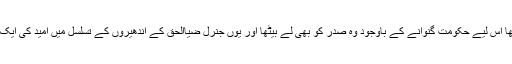
قسمت کا لاڈلا تھا اس لیے حکومت گنوانے کے باوجود وہ صدر کو بھی لے بیٹھا اور یوں جنرل ضیاالحق کے اندھیروں کے تسلسل میں امید کی ایک نئی کرن پھوٹی۔